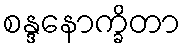
စန္ဒနောက္ခိတာ